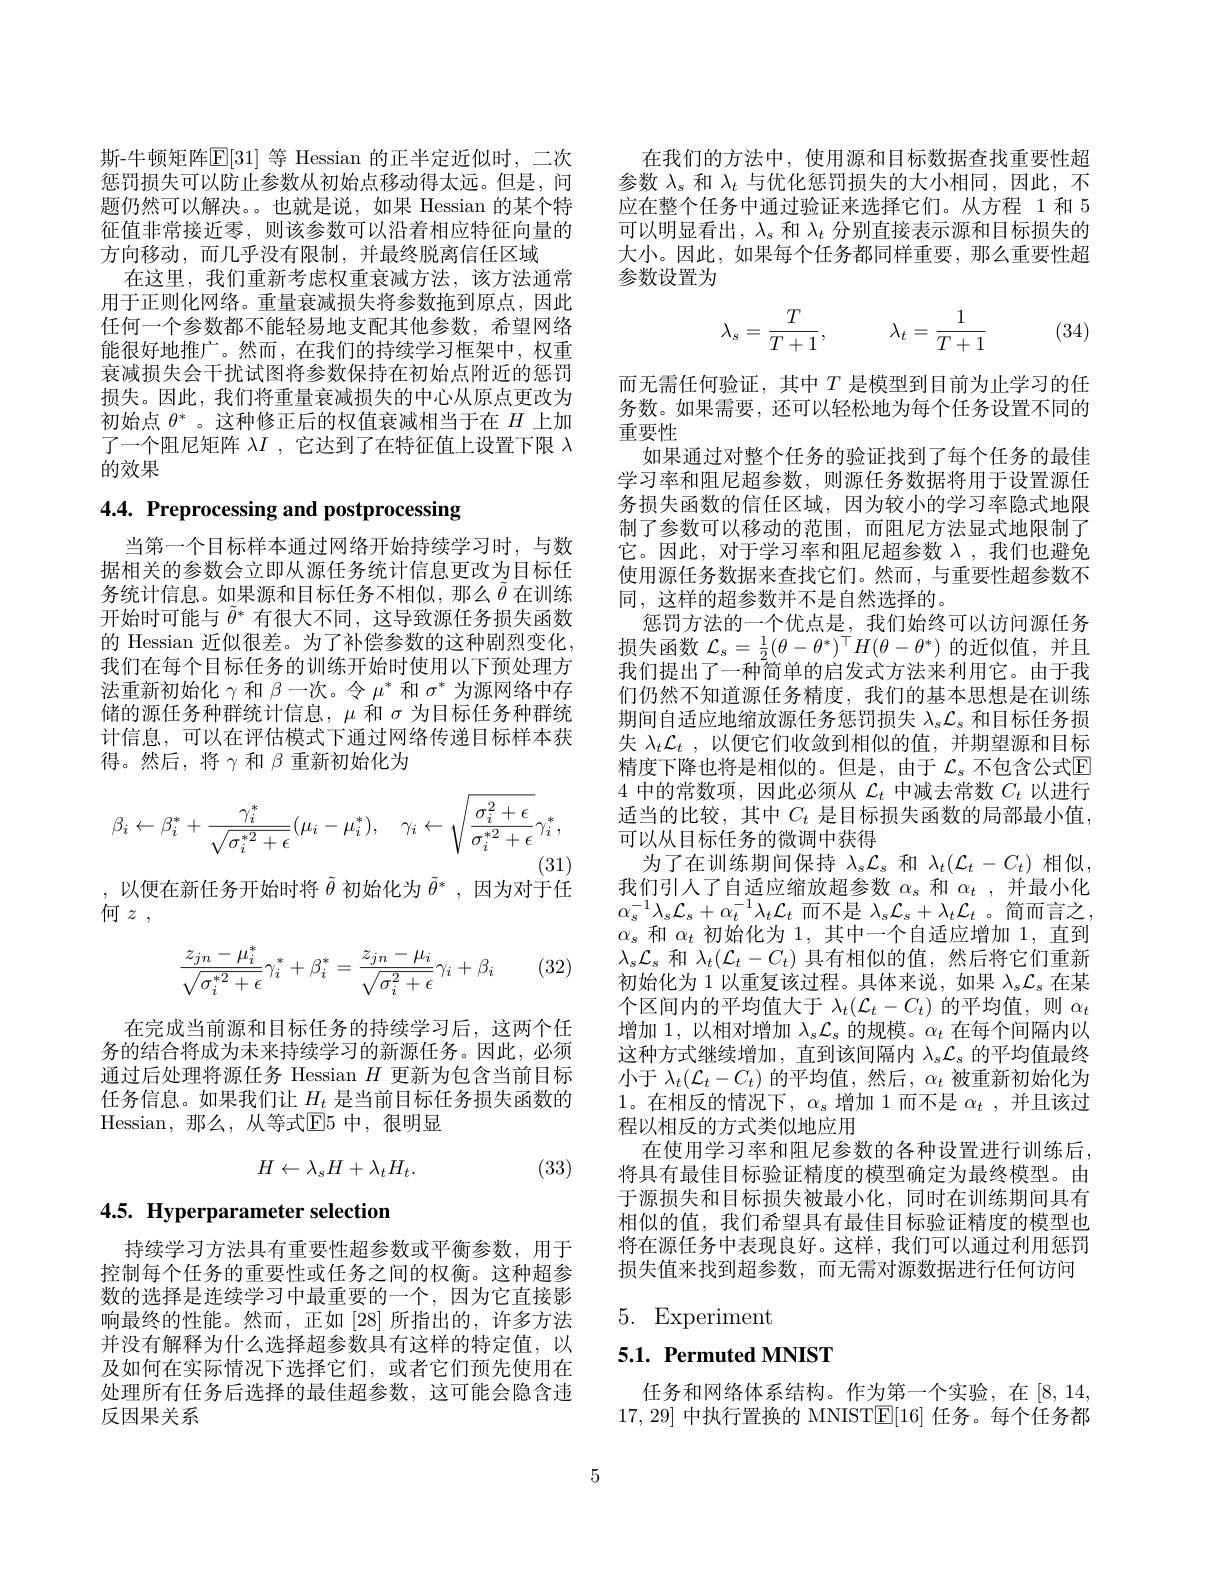
斯-牛顿矩阵$\mathbb{E}[31]$ 等 Hessian 的正半定近似时，二次惩罚损失可以防止参数从初始点移动得太远。但是，问题仍然可以解决。。也就是说，如果 Hessian 的某个特征值非常接近零，则该参数可以沿着相应特征向量的方向移动，而几乎没有限制，并最终脱离信任区域
在这里，我们重新考虑权重衰减方法，该方法通常用于正则化网络。重量衰减损失将参数拖到原点，因此任何一个参数都不能轻易地支配其他参数，希望网络能很好地推广。然而，在我们的持续学习框架中，权重衰减损失会干扰试图将参数保持在初始点附近的惩罚损失。因此，我们将重量衰减损失的中心从原点更改为初始点$\theta^*$。这种修正后的权值衰减相当于在$H$上加了一个阻尼矩阵$\lambda I$ ,它达到了在特征值上设置下限$\lambda$ 的效果

# 4.4. Preprocessing and postprocessing

当第一个目标样本通过网络开始持续学习时，与数据相关的参数会立即从源任务统计信息更改为目标任务统计信息。如果源和目标任务不相似，那么$\tilde{\theta}$在训练开始时可能与$\tilde{\theta}^*$有很大不同，这导致源任务损失函数的 Hessian 近似很差。为了补偿参数的这种剧烈变化， 我们在每个目标任务的训练开始时使用以下预处理方法重新初始化$\gamma$和$\beta$一次。令$\mu^*$和$\sigma^*$为源网络中存储的源任务种群统计信息，$\mu$和$\sigma$为目标任务种群统计信息，可以在评估模式下通过网络传递目标样本获得。然后，将$\gamma$和$\beta$重新初始化为
$$\beta_{i}\leftarrow\beta_{i}^{*}+\frac{\gamma_{i}^{*}}{\sqrt{\sigma_{i}^{*2}+\epsilon}}(\mu_{i}-\mu_{i}^{*}),\quad\gamma_{i}\leftarrow\sqrt{\frac{\sigma_{i}^{2}+\epsilon}{\sigma_{i}^{*2}+\epsilon}}\gamma_{i}^{*},$$
(31)
,以便在新任务开始时将$\tilde{\theta}$初始化为$\tilde{\theta}^*$,因为对于任

何$z$ ,

(32)
$$\begin{aligned}\frac{z_{jn}-\mu_i^*}{\sqrt{\sigma_i^{*2}+\epsilon}}\gamma_i^*+\beta_i^*=\frac{z_{jn}-\mu_i}{\sqrt{\sigma_i^2+\epsilon}}\gamma_i+\beta_i\end{aligned}$$
在完成当前源和目标任务的持续学习后，这两个任务的结合将成为未来持续学习的新源任务。因此，必须通过后处理将源任务 Hessian $H$更新为包含当前目标任务信息。如果我们让$H_t$是当前目标任务损失函数的Hessian,那么，从等式E5 中，很明显
$$H\leftarrow\lambda_sH+\lambda_tH_t.$$
(33)

# 4.5. Hyperparameter selection

持续学习方法具有重要性超参数或平衡参数，用于控制每个任务的重要性或任务之间的权衡。这种超参数的选择是连续学习中最重要的一个，因为它直接影响最终的性能。然而，正如[28]所指出的，许多方法并没有解释为什么选择超参数具有这样的特定值，以及如何在实际情况下选择它们，或者它们预先使用在处理所有任务后选择的最佳超参数，这可能会隐含违反因果关系

在我们的方法中，使用源和目标数据查找重要性超参数$\lambda_s$和$\lambda_t$与优化惩罚损失的大小相同，因此，不应在整个任务中通过验证来选择它们。从方程 1 和 5可以明显看出，$\lambda_s$和$\lambda_t$分别直接表示源和目标损失的大小。因此，如果每个任务都同样重要，那么重要性超参数设置为
$$\lambda_s=\dfrac{T}{T+1},\quad\lambda_t=\dfrac{1}{T+1}$$
(34)

而无需任何验证，其中$T$是模型到目前为止学习的任务数。如果需要，还可以轻松地为每个任务设置不同的重要性
如果通过对整个任务的验证找到了每个任务的最佳学习率和阻尼超参数，则源任务数据将用于设置源任务损失函数的信任区域，因为较小的学习率隐式地限制了参数可以移动的范围，而阻尼方法显式地限制了它。因此，对于学习率和阻尼超参数$\lambda$ ,我们也避免使用源任务数据来查找它们。然而，与重要性超参数不同，这样的超参数并不是自然选择的。
惩罚方法的一个优点是，我们始终可以访问源任务损失函数$\mathcal{L}_s=\frac12(\theta-\theta^*)^\top H(\theta-\theta^*)$的近似值，并且我们提出了一种简单的启发式方法来利用它。由于我们仍然不知道源任务精度，我们的基本思想是在训练期间自适应地缩放源任务惩罚损失$\lambda_s\mathcal{L}_s$和目标任务损失$\lambda_t\mathcal{L}_t$,以便它们收敛到相似的值，并期望源和目标精度下降也将是相似的。但是，由于 $\mathcal{L}_s$ 不包含公式$\mathbb{E}$ 4中的常数项，因此必须从$\mathcal{L}_t$中减去常数$C_t$以进行适当的比较，其中$C_t$是目标损失函数的局部最小值， 可以从目标任务的微调中获得
为了在训练期间保持$\lambda_s\mathcal{L}_s$和$\lambda_t(\mathcal{L}_t-C_t)$相似我们引人了自适应缩放超参数$\alpha_s$和$\alpha_t$,并最小化$\alpha_{s}^{-1}\lambda_{s}\mathcal{L}_{s}+\alpha_{t}^{-1}\lambda_{t}\mathcal{L}_{t}$而不是$\lambda_s\mathcal{L}_{s}+\lambda_{t}\mathcal{L}_{t}$。简而言之， $\alpha_s$和$\alpha_t$初始化为 1,其中一个自适应增加 1,直到$\lambda_s\mathcal{L}_s$和$\lambda_t(\mathcal{L}_t-C_t)$具有相似的值，然后将它们重新初始化为 1 以重复该过程。具体来说，如果$\lambda_s\mathcal{L}_s$在某个区间内的平均值大于$\lambda_t(\mathcal{L}_t-C_t)$的平均值，则$\alpha_t$ 增加1，以相对增加$\lambda_s\mathcal{L}_s$的规模。$\alpha_t$在每个间隔内以这种方式继续增加，直到该间隔内$\lambda_s\mathcal{L}_s$的平均值最终小于$\lambda_t(\mathcal{L}_t-C_t)$的平均值，然后，$\alpha_t$被重新初始化为1。在相反的情况下，$\alpha_s$增加 1而不是$\alpha_t$,并且该过程以相反的方式类似地应用
在使用学习率和阻尼参数的各种设置进行训练后， 将具有最佳目标验证精度的模型确定为最终模型。由于源损失和目标损失被最小化，同时在训练期间具有相似的值，我们希望具有最佳目标验证精度的模型也将在源任务中表现良好。这样，我们可以通过利用惩罚损失值来找到超参数，而无需对源数据进行任何访问

# 5. Experiment

# 5.1. Permuted MNIST

任务和网络体系结构。作为第一个实验，在[8,14,1] 17,29]中执行置换的 MNIST$\mathbb{E}[16]$任务。每个任务都

5